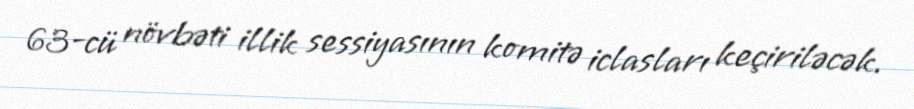
63-cü növbəti illik sessiyasının komitə iclasları keçiriləcək.